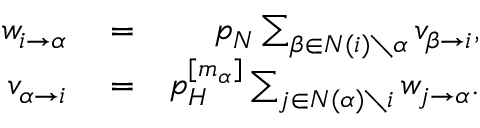
\begin{array} { r l r } { w _ { i \to \alpha } } & { { } = } & { p _ { N } \sum _ { \beta \in N ( i ) \setminus \alpha } v _ { \beta \to i } , } \\ { v _ { \alpha \to i } } & { { } = } & { p _ { H } ^ { [ m _ { \alpha } ] } \sum _ { j \in N ( \alpha ) \setminus i } w _ { j \to \alpha } . } \end{array}